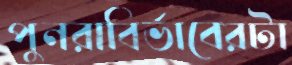
পুনরাবির্ভাবেরটা